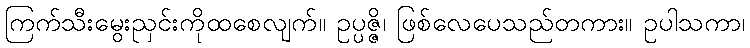
ကြက်သီးမွေးညှင်းကိုထစေလျက်။ ဥပ္ပဇ္ဇိ၊ ဖြစ်လေပေသည်တကား။ ဥပါသကာ၊